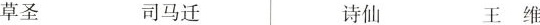
草圣 司马迁 王维